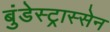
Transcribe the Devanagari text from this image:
बुंडेस्ट्रास्सेन